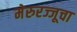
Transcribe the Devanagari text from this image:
मेरुरज्जूचा